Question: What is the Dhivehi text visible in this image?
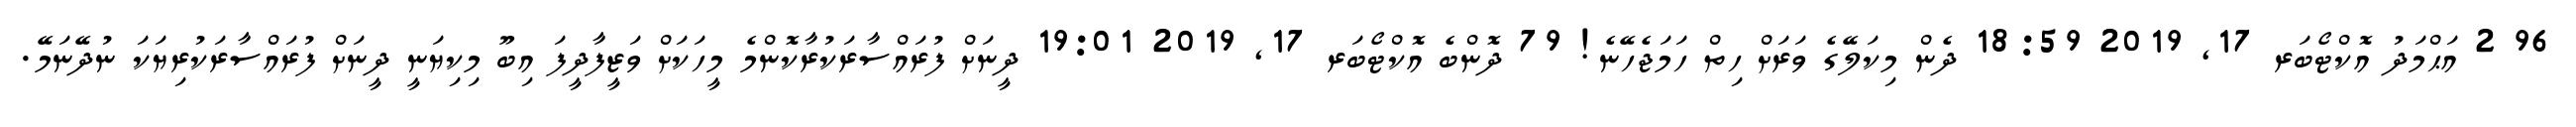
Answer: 96 2 އަޙްމަދު އޮކްޓޯބަރ 17, 2019 18:59 ދެން މިކަލޭގެ ވަރަށް ހިތް ހަމަޖެހޭނެ! 79 ދޮންބެ އޮކްޓޯބަރ 17, 2019 19:01 ދީނަށް ފުރައްސާރަކުރާކޮންމެ މީހަކަށް ވަޒީފާދީފަ އިބޫ މިކިޔަނީ ދީނަށް ފުރައްސާރަކުރިޔަކަ ނުދޭނަމޭ.